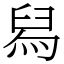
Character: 舄